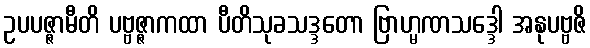
ဥပပဇ္ဇာမီတိ ပဗ္ဗဇ္ဇာကထာ ပီတိသုခသဒ္ဒတော ဗြာဟ္မဏသဒ္ဒေါ အနုပဗ္ဗဇိ